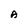
Character: A